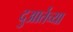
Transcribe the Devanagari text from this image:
दुआर्तेच्या